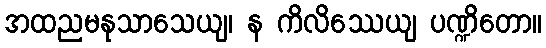
အထညမနုသာသေယျ၊ န ကိလိဿေယျ ပဏ္ဍိတော။